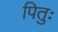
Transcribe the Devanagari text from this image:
पितुः